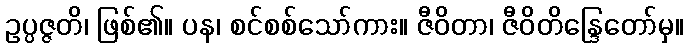
ဥပ္ပဇ္ဇတိ၊ ဖြစ်၏။ ပန၊ စင်စစ်သော်ကား။ ဇီဝိတာ၊ ဇီဝိတိန္ဒြေတော်မှ။